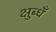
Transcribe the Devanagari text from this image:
क्षुब्धँ